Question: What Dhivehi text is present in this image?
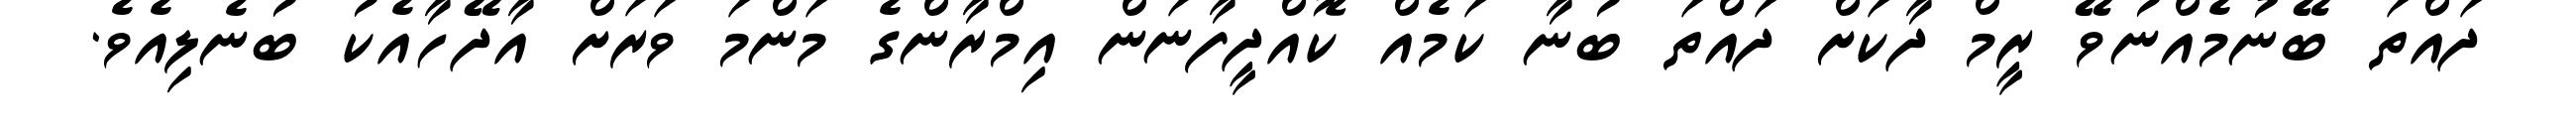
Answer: ދައްތަ ބޭނުމެއްނުވޭ ރީމް ދާކަށް ދައްތަ ބުނާ ކަމެއް ކޮއްދީފާނަން އިމްރާންގެ މަންމަ ވަރަށް އާދޭހާއެކު ބުނެލިއެވެ.